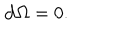
LaTeX: { \bf d } \Omega = 0 .